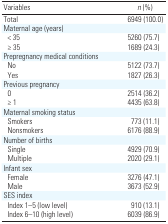
<table><thead><tr><td><b>Variables</b></td><td><b><i>n </i>(%)</b></td></tr></thead><tbody><tr><td><b>Total</b></td><td>6949 (100.0)</td></tr><tr><td><b>Maternal age (years)</b></td></tr><tr><td><b>&lt; 35</b></td><td>5260 (75.7)</td></tr><tr><td><b>≥ 35</b></td><td>1689 (24.3)</td></tr><tr><td><b>Prepregnancy medical conditions</b></td></tr><tr><td><b>No</b></td><td>5122 (73.7)</td></tr><tr><td><b>Yes</b></td><td>1827 (26.3)</td></tr><tr><td><b>Previous pregnancy</b></td></tr><tr><td><b>0</b></td><td>2514 (36.2)</td></tr><tr><td><b>≥ 1</b></td><td>4435 (63.8)</td></tr><tr><td><b>Maternal smoking status</b></td></tr><tr><td><b>Smokers</b></td><td>773 (11.1)</td></tr><tr><td><b>Nonsmokers</b></td><td>6176 (88.9)</td></tr><tr><td><b>Number of births</b></td></tr><tr><td><b>Single</b></td><td>4929 (70.9)</td></tr><tr><td><b>Multiple</b></td><td>2020 (29.1)</td></tr><tr><td><b>Infant sex</b></td></tr><tr><td><b>Female</b></td><td>3276 (47.1)</td></tr><tr><td><b>Male</b></td><td>3673 (52.9)</td></tr><tr><td><b>SES index</b></td></tr><tr><td><b>Index 1–5 (low level)</b></td><td>910 (13.1)</td></tr><tr><td><b>Index 6–10 (high level)</b></td><td>6039 (86.9)</td></tr></tbody></table>